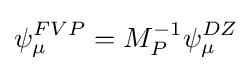
\psi _{\mu }^{FVP}=M_{P}^{-1}\psi _{\mu }^{DZ}